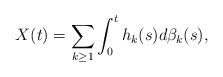
LaTeX: \begin{align*}X(t)=\sum_{k\geq 1}\int_0^t h_k(s) d\beta_k(s),\end{align*}